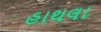
હાથલા